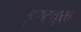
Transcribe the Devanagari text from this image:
इस्टब्रुक